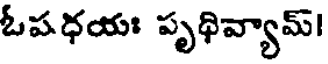
ఓపధయః పృథివ్యామ్!